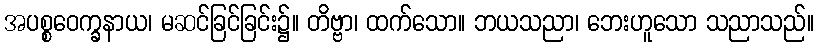
အပစ္စဝေက္ခနာယ၊ မဆင်ခြင်ခြင်း၌။ တိဗ္ဗာ၊ ထက်သော။ ဘယသညာ၊ ဘေးဟူသော သညာသည်။